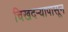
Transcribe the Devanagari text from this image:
चिखदऱ्यापासून